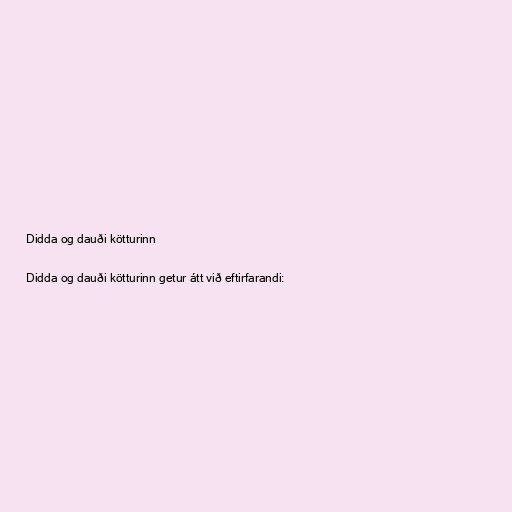
Didda og dauði kötturinn

Didda og dauði kötturinn getur átt við eftirfarandi: